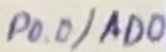
Text: P0.0/AD0